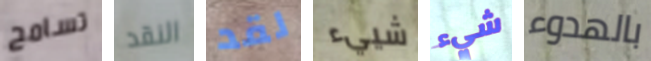
تسامح النقد لقد شييء شيء بالهدوء